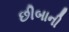
છીબાની